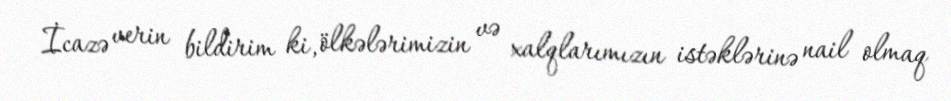
İcazə verin bildirim ki, ölkələrimizin və xalqlarımızın istəklərinə nail olmaq